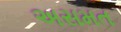
અસમત